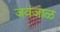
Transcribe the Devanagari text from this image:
जवंजाळ